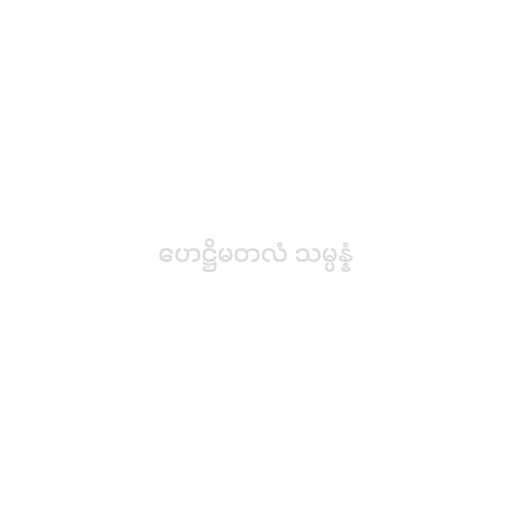
ဟေဋ္ဌိမတလံ သမ္ပန္နံ